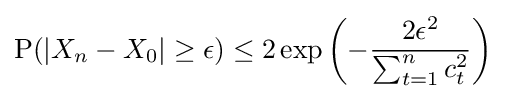
{\text{P}}(|X_{n}-X_{0}|\geq \epsilon )\leq 2\exp \left(-{\frac {2\epsilon ^{2}}{\sum _{t=1}^{n}c_{t}^{2}}}\right)